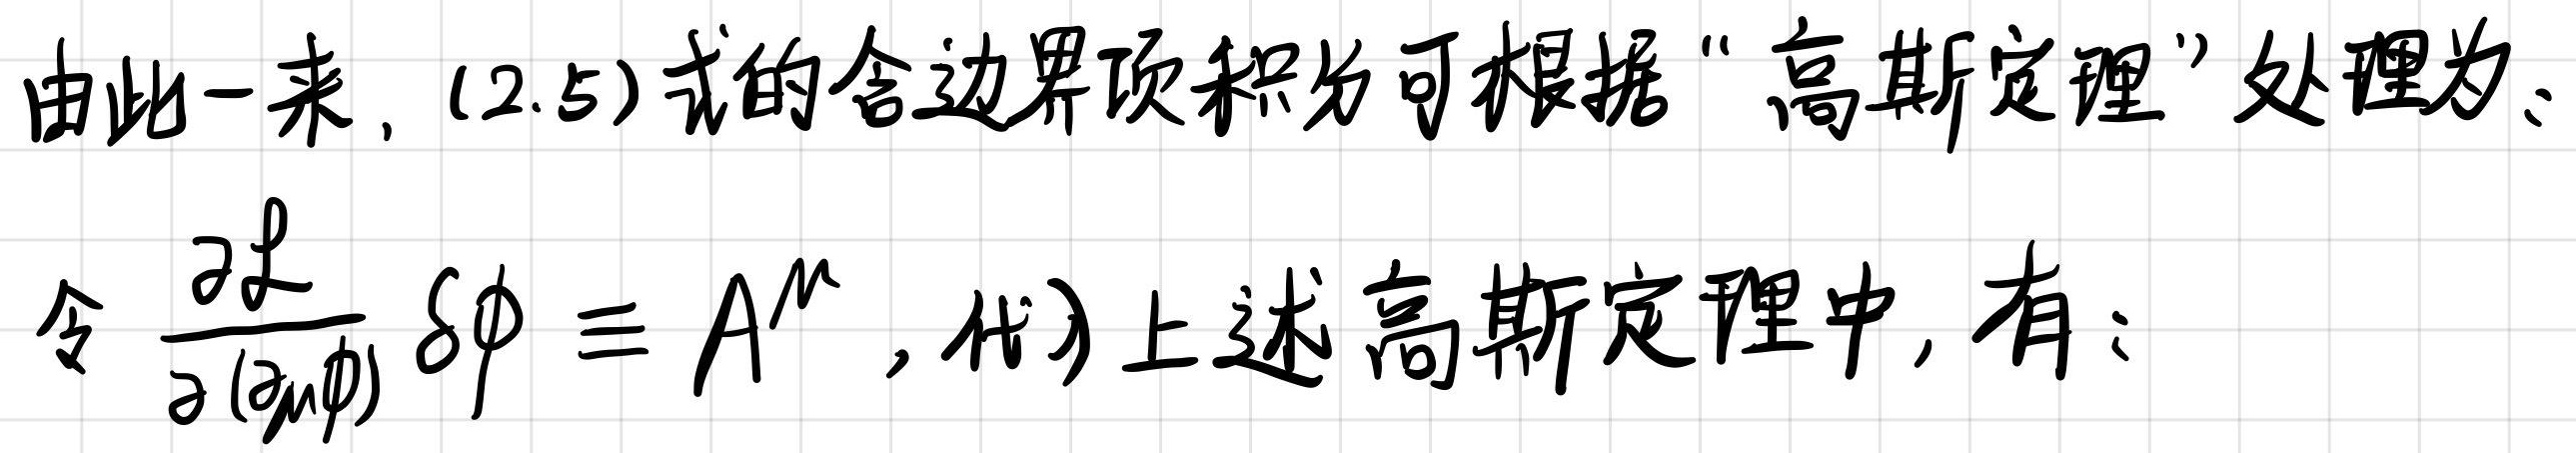
由此一来，(12.5)式的含边界项积分可根据"高斯定理"处理为：

令 $\frac{\partial \mathcal{L}}{\partial(\partial_{\mu}\phi)}\delta\phi \equiv A^{\mu}$，代入上述高斯定理中，有：